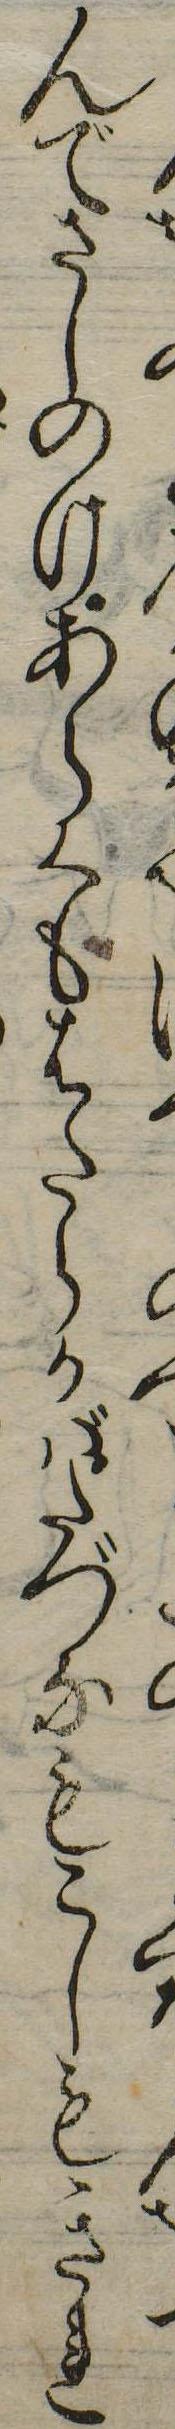
んでさしのけあらくもはたらかばたづなもこしもきれ